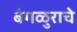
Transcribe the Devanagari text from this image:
बंगळुराचे